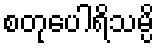
စတုပေါရိသမ္ပိ